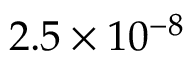
2 . 5 \times 1 0 ^ { - 8 }